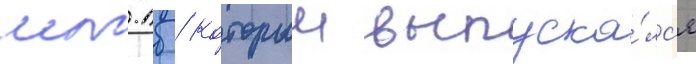
мт-лб / которыи выпуска́лс'я